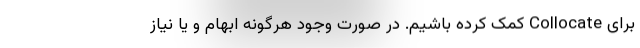
برای Collocate کمک کرده باشیم. در صورت وجود هرگونه ابهام و یا نیاز